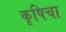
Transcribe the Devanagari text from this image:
कृषिचा